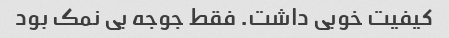
کیفیت خوبی داشت. فقط جوجه بی نمک بود